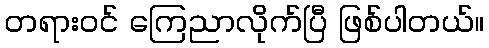
တရားဝင် ကြေညာလိုက်ပြီ ဖြစ်ပါတယ်။